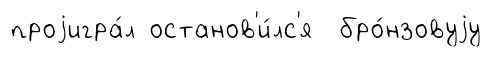
проjигра́л останов'и́лс'я бро́нзовуjу